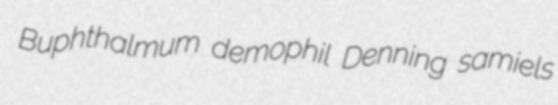
Buphthalmum demophil Denning samiels